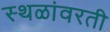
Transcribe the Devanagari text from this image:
स्थळांवरती